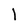
Character: l